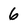
Character: 6